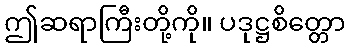
ဤဆရာကြီးတို့ကို။ ပဒုဋ္ဌစိတ္တော